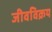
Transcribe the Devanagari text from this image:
जीवविक्रय